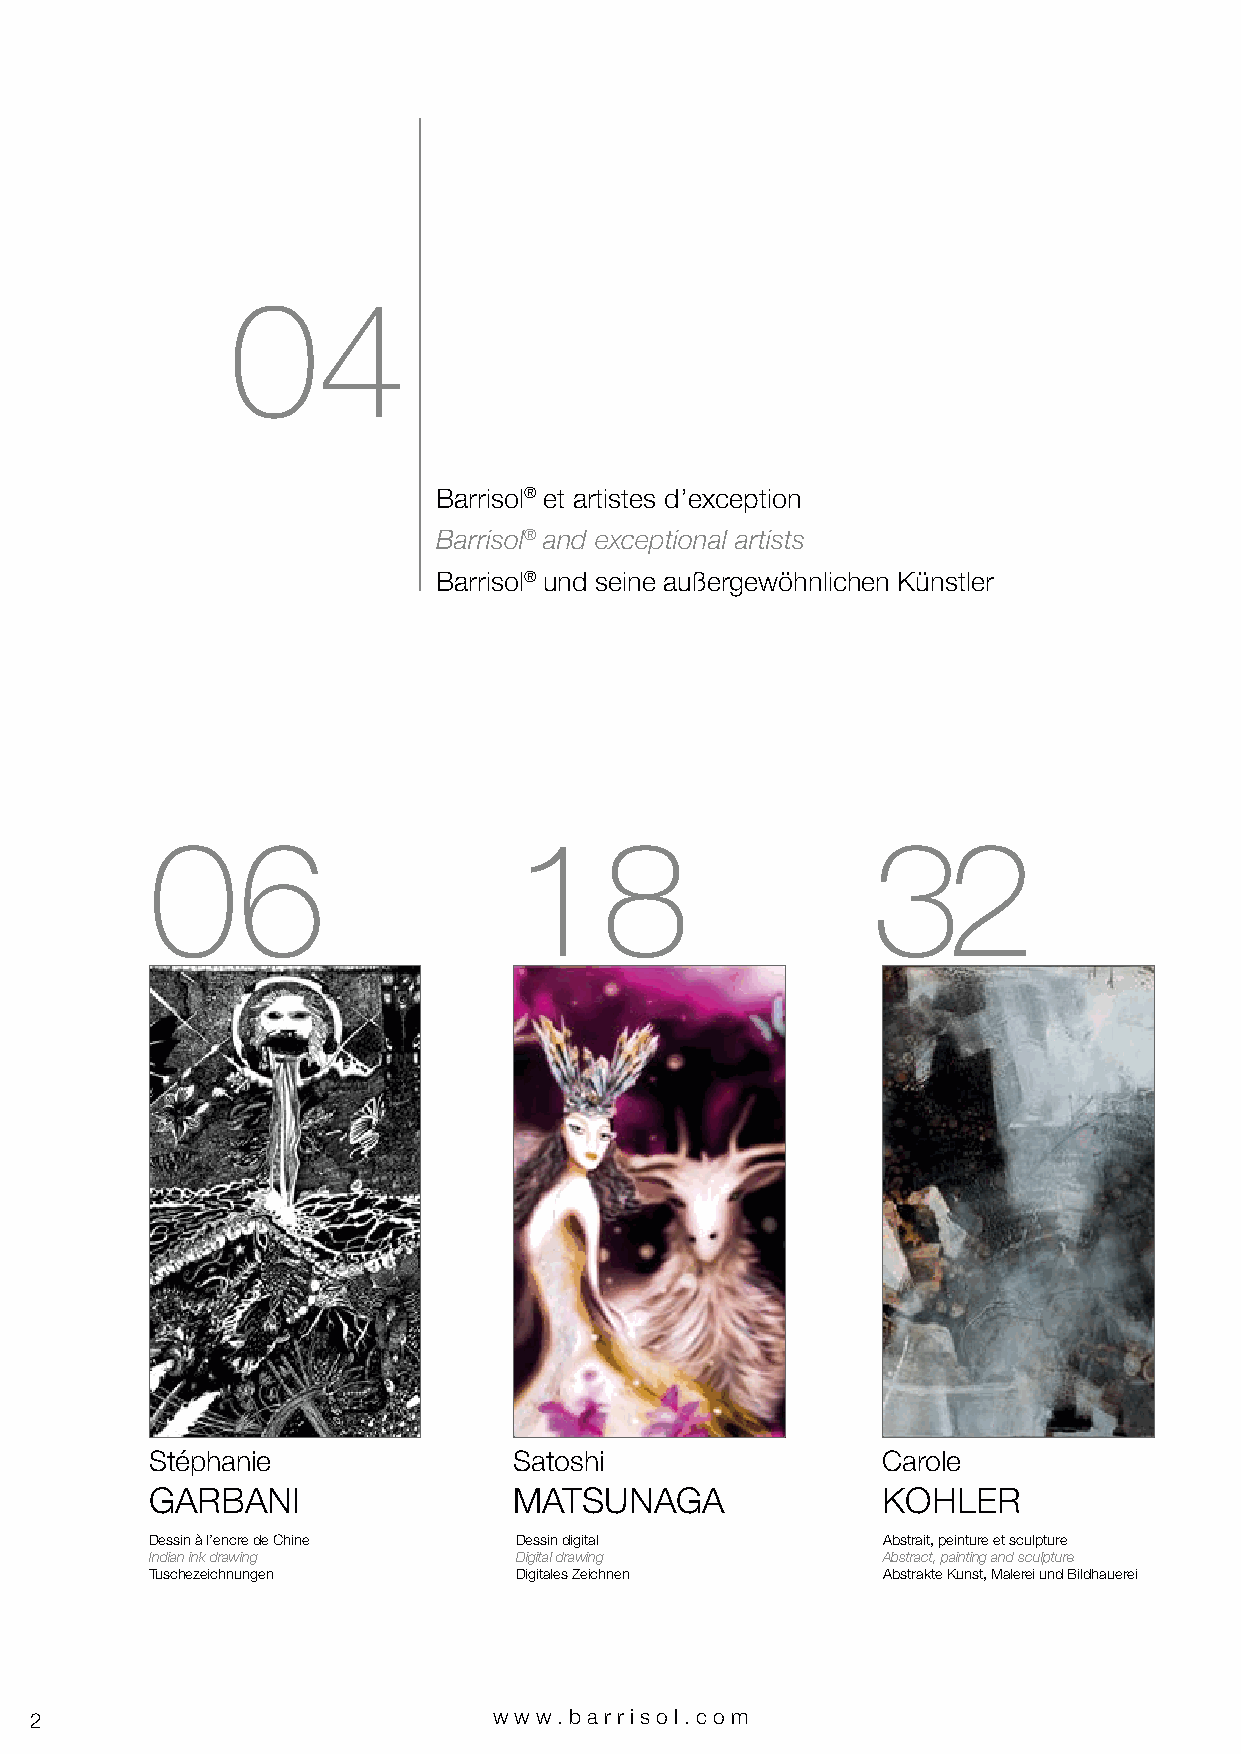
04
 Barrisol® et artistes d’exception
 Barrisol® and exceptional artists
 Barrisol® und seine außergewöhnlichen Künstler
 06                      18                      32
 Stéphanie               Satoshi                 Carole
 GARBANI                 MATSUNAGA               KOHLER
 Dessin à l’encre de Chine Dessin digital        Abstrait, peinture et sculpture
 Indian ink drawing      Digital drawing         Abstract, painting and sculpture
 Tuschezeichnungen       Digitales Zeichnen      Abstrakte Kunst, Malerei und Bildhauerei
 2                              www.bar riso l. com